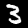
Label: 3